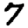
Digit: 7